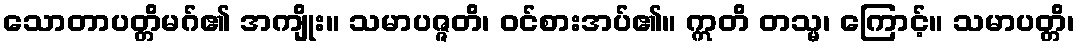
သောတာပတ္တိမဂ်၏ အကျိုး။ သမာပဇ္ဇတိ၊ ဝင်စားအပ်၏။ ဣတိ တသ္မ၊ ကြောင့်။ သမာပတ္တိ၊